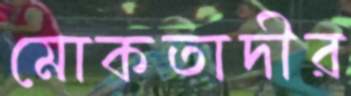
মোকতাদীর